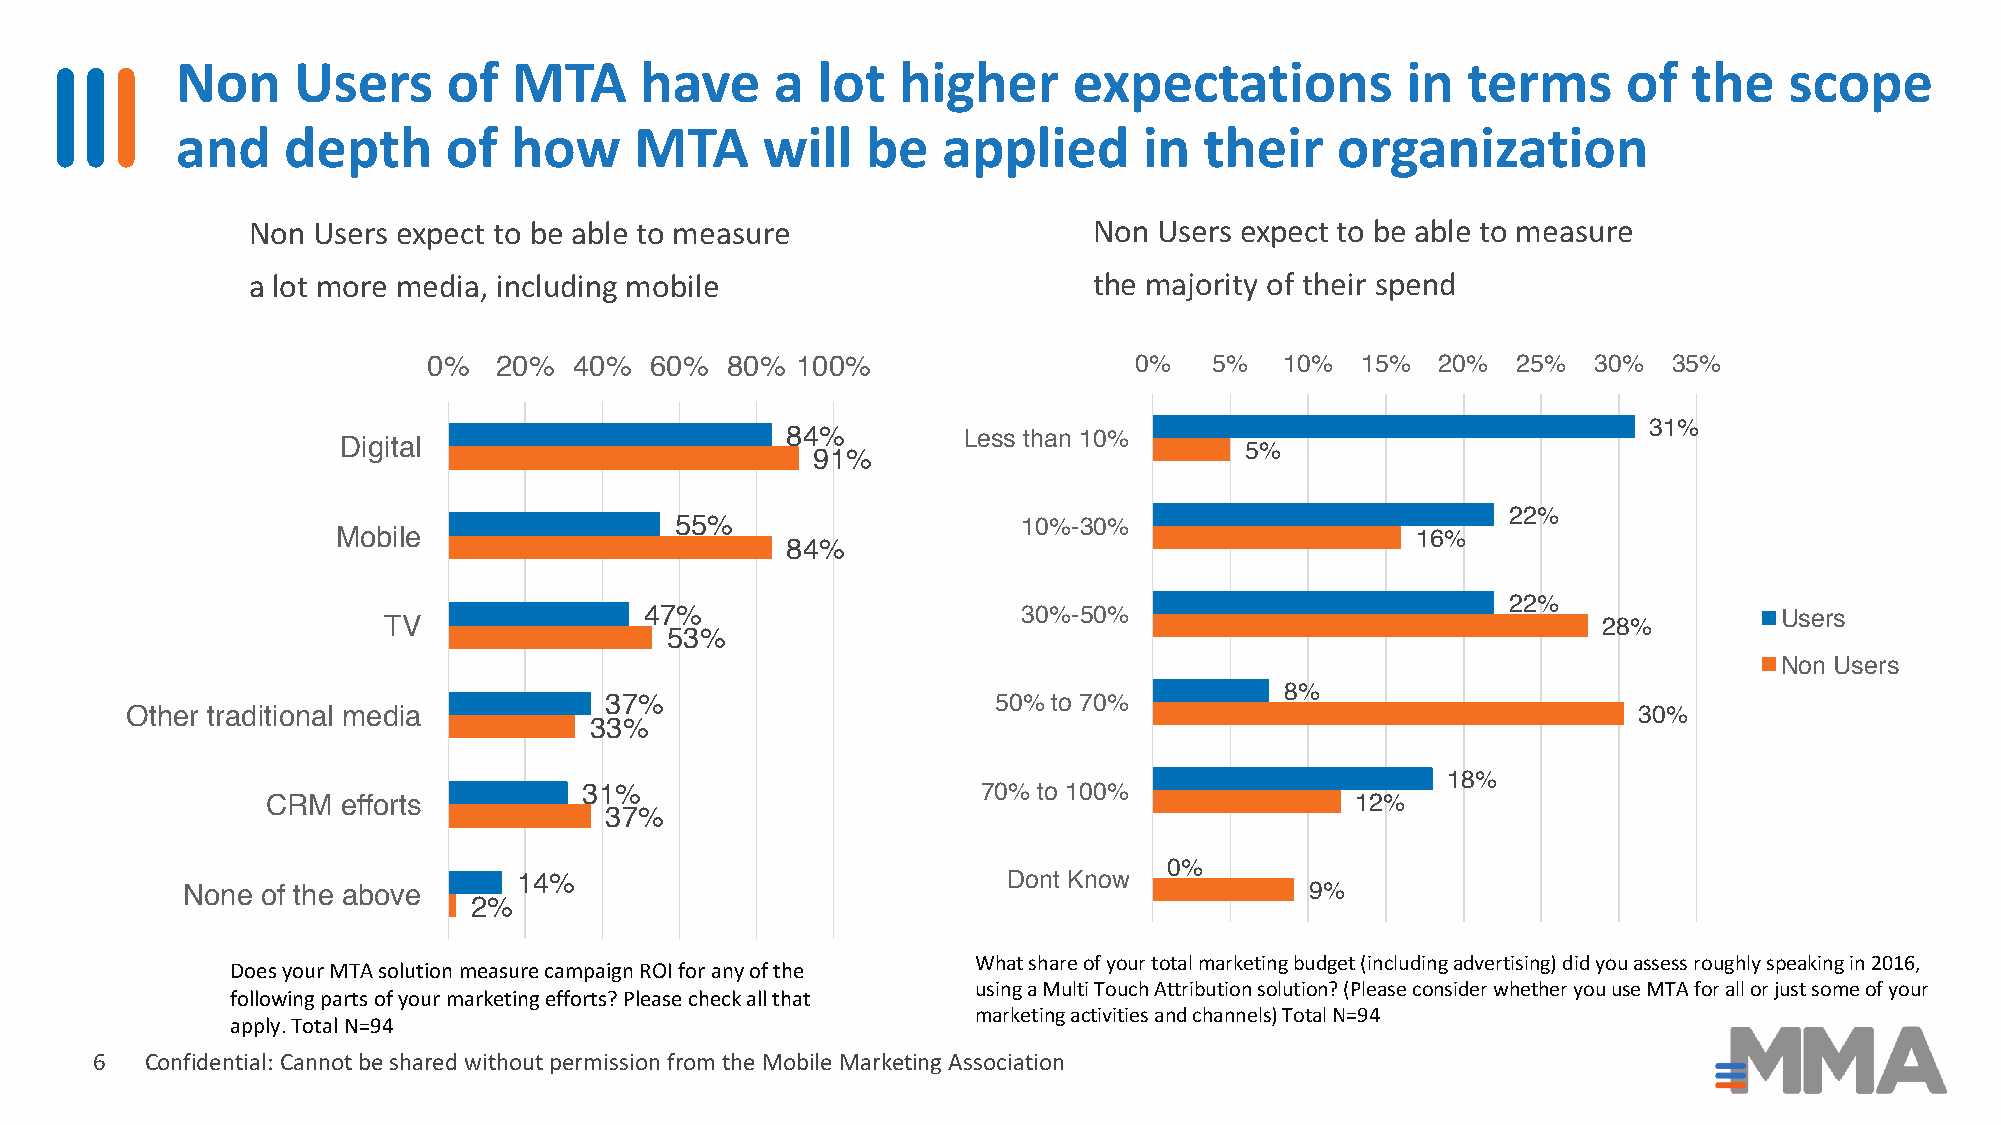
Non    Users      of  MTA     have     a  lot   higher     expectations          in  terms      of  the   scope
 and    depth     of   how     MTA     will   be   applied       in  their   organization
 Non  Users expect to be able to measure                 Non  Users expect to be able to measure
 a lot more media, including mobile                      the majority of their spend
 0%   20%  40%  60%  80%  100%                  0%   5%   10%  15%  20%  25%  30%   35%
 31%
 84%         Less than 10%
 Digital                                                    5%
 91%
 22%
 55%                    10%-30%
 Mobile                                                                  16%
 84%
 22%
 TV                47%                      30%-50%                               28%         Users
 53%
 Non Users
 8%
 37%                       50% to 70%
 Other traditional media                                                                             30%
 33%
 18%
 31%                       70% to 100%
 CRM  efforts                                                            12%
 37%
 0%
 14%                              Dont Know
 None of the above                                                          9%
 2%
 What share of your total marketing budget (including advertising) did you assess roughly speaking in 2016,
 Does your MTA solution measure campaign ROI for any of the
 using a Multi Touch Attribution solution? (Please consider whether you use MTA for all or just some of your
 following parts of your marketing efforts? Please check all that
 marketing activities and channels) Total N=94
 apply. Total N=94
 6   Confidential: Cannot be shared without permission from the Mobile Marketing Association